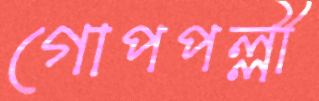
গোপপল্লী